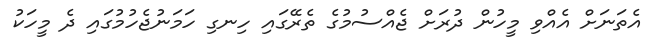
އެތަނަށް އެއްވި މީހުން ދުރަށް ޖެއްސުމުގެ ތެރޭގައި ހިނގި ހަމަނުޖެހުމުގައި ދެ މީހަކު